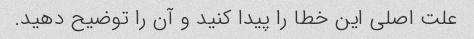
علت اصلی این خطا را پیدا کنید و آن را توضیح دهید.